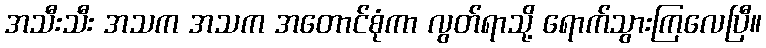
အသီးသီး အသက အသက အတောင်စုံကာ လွတ်ရာသို့ ရောက်သွားကြလေပြီ။